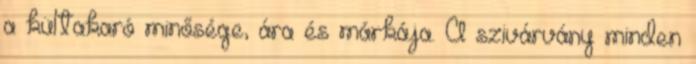
a kültakaró minősége, ára és márkája. A szivárvány minden